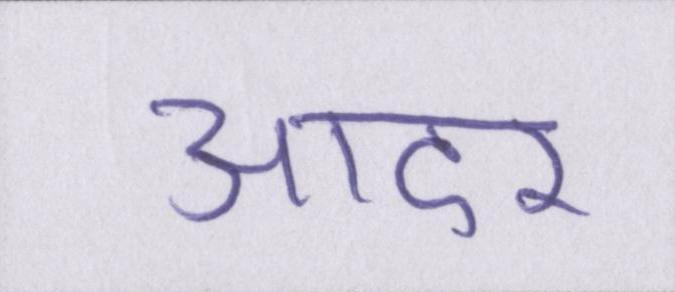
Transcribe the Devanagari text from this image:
आदर